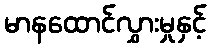
မာနထောင်လွှားမှုနှင့်